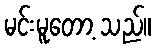
မင်းမူတော့ သည်။